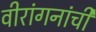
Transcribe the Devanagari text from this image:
वीरांगनांची